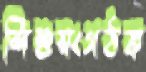
শিশুসংগঠক